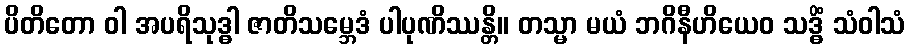
ပိတိတော ဝါ အပရိသုဒ္ဓါ ဇာတိသမ္ဘေဒံ ပါပုဏိဿန္တိ။ တသ္မာ မယံ ဘဂိနီဟိယေဝ သဒ္ဓိံ သံဝါသံ